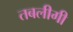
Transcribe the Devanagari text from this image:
तबलीगी